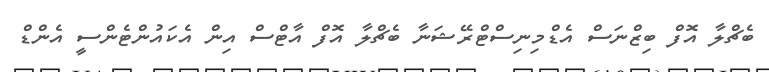
ބެޗްލާ އޮފް ބިޒްނަސް އެޑްމިނިސްޓްރޭޝަނާ ބެޗްލާ އޮފް އާޓްސް އިން އެކައުންޓެންސީ އެންޑް